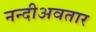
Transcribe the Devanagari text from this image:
नन्दीअवतार